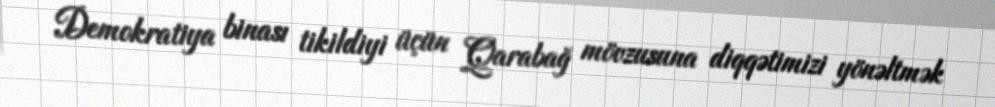
Demokratiya binası tikildiyi üçün Qarabağ mövzusuna diqqətimizi yönəltmək